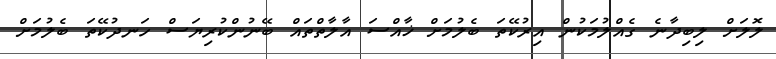
ލޮލަށް ލިބިދާނެ ގެއްލުމަކުން އިރުކޭތަ ބެލުމަށް ޚާއްސަ އާލާތްތައް ބޭނުންކުރިޔަސް ހަނދުކޭތަ ބެލުމަށް